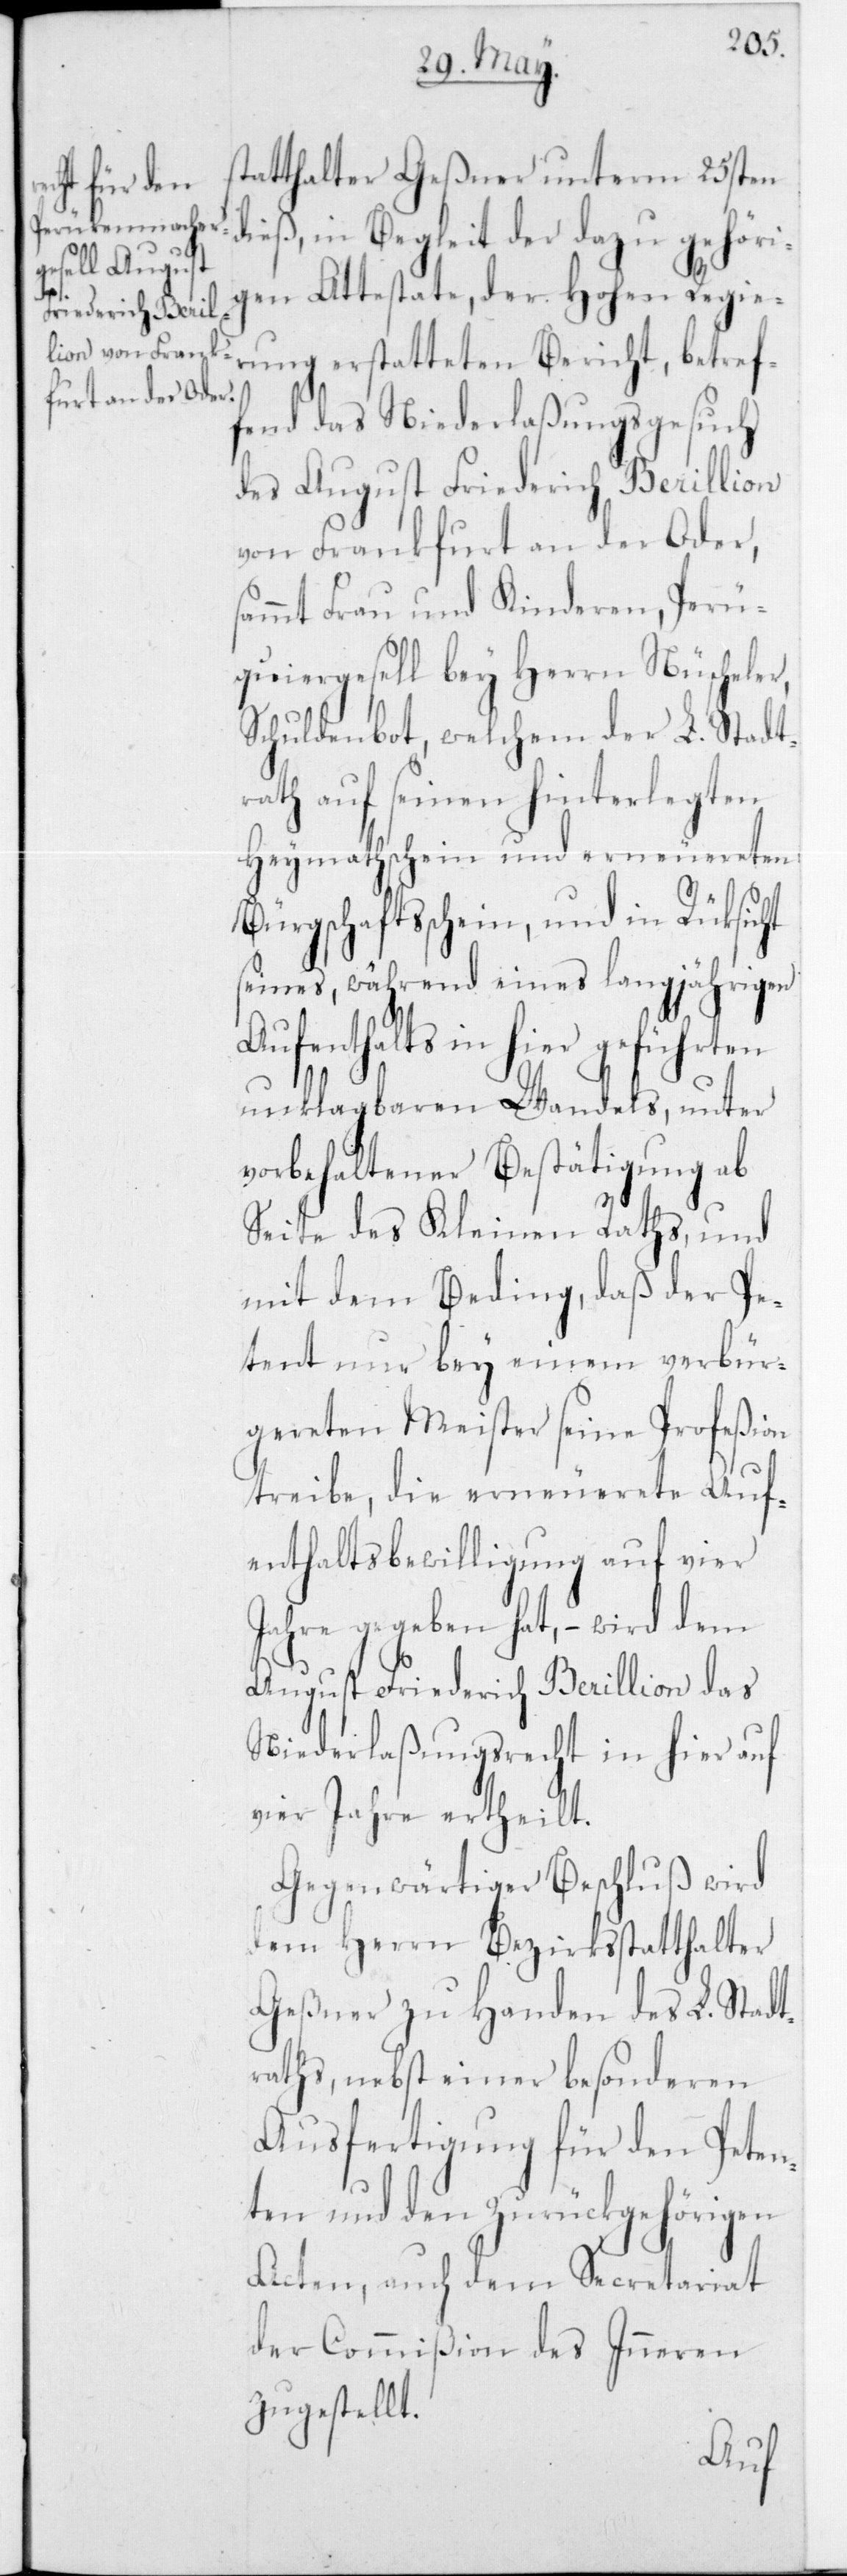
statthalter Geßner unterm 25sten
dieß, in Begleit der dazu gehöri¬
führten
gen Attestate, der Hohen Regie¬
rung erstatteten Bericht, betref¬
fend das Niederlaßungsgesuch
des August Friedrich Berillion
von Frankfurt an der Oder,
sammt Frau und Kinderen, Perü¬
quier-Gesell bey Herrn Nüscheler,
Schuldenbot, welchem der L. Stadt¬
rath auf seinen hinterlegten
Heymathschein und erneuereten
Bürgschaftsschein, und in Rücksicht
seines, während eines langjährigen
Aufenthalts in hier ge¬
unklagbaren Wandels, unter
vorbehaltener Bestätigung ab
Seite des Kleinen Raths, und
mit dem Beding, daß der Pe¬
tent nur bey einem verbür¬
gereten Meister seine Profeßion
treibe, die erneuerete Auf¬
enthaltsbewilligung auf vier
Jahre gegeben hat, – wird dem
August Friederich Berillion das
Niederlaßungsrecht in hier auf
vier Jahre ertheilt.
Gegenwärtiger Beschluß wird
dem Herrn Bezirksstatthalter
Geßner zu Handen des L. Stadt¬
raths, nebst einer besonderen
Ausfertigung für den Peten¬
ten und den zurückgehörigen
Acten, auch dem Secretariat
der Commißion des Inneren
zugestellt.